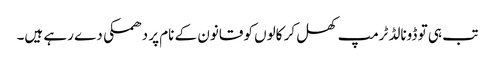
تب ہی تو ڈونالڈ ٹرمپ کھل کر کالوں کو قانون کے نام پر دھمکی دے رہے ہیں۔